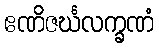
ဧဏိဇင်္ဃလက္ခဏံ